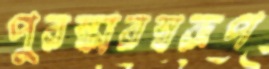
পুরস্কারস্বরূপ